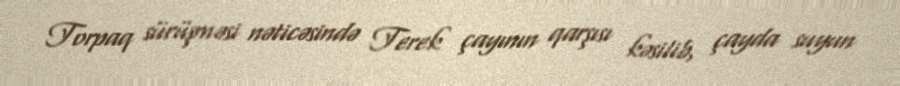
Torpaq sürüşməsi nəticəsində Terek çayının qarşısı kəsilib, çayda suyun